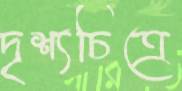
দৃশ্যচিত্রে